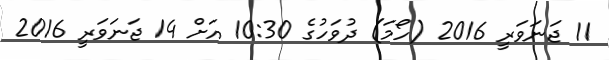
11 ޖަނަވަރީ 2016 (ހޯމަ) ދުވަހުގެ 10:30 އަށް 14 ޖަނަވަރީ 2016